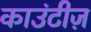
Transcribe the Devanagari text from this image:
काउंटीज़